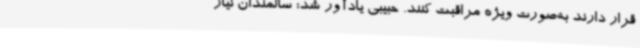
قرار دارند به‌صورت ویژه مراقبت کنند. حبیبی یادآور شد: سالمندان نیاز